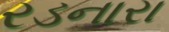
રડનારા